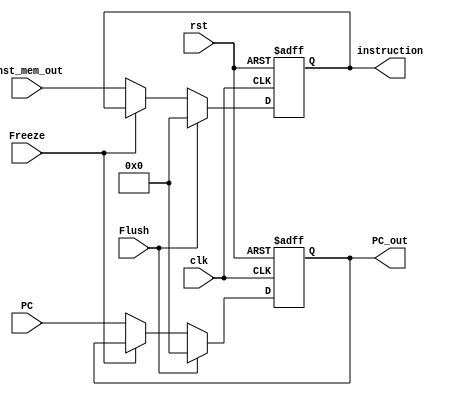
module IF_ID
(
input clk,
input rst,
input Freeze,
input Flush,
input [31:0] PC,
input [31:0] inst_mem_out,
output reg [31:0] PC_out,
output reg [31:0] instruction
);

always @(posedge clk, posedge rst) 
begin
	if(rst==1'b1)  
		{PC_out,instruction} <= 64'b0;
	else if(Flush==1'b1) 
		{PC_out,instruction} <= 64'b0;
	else if(Freeze==1'b0) 
	begin
		PC_out <= PC;
		instruction <= inst_mem_out;
	end
end

endmodule